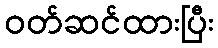
ဝတ်ဆင်ထားပြီး